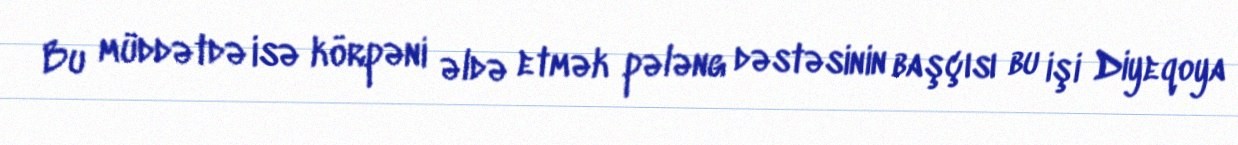
Bu müddətdə isə körpəni əldə etmək pələng dəstəsinin başçısı bu işi Diyeqoya